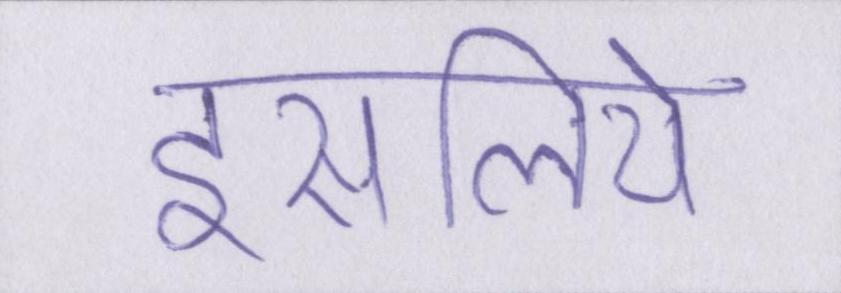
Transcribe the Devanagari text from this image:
इसलिये